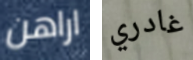
اراهن غادري